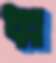
ধ্ব